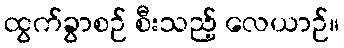
ထွက်ခွာစဉ် စီးသည့် လေယာဉ်။